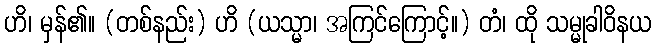
ဟိ၊ မှန်၏။ (တစ်နည်း) ဟိ (ယသ္မာ၊ အကြင်ကြောင့်။) တံ၊ ထို သမ္မုခါဝိနယ